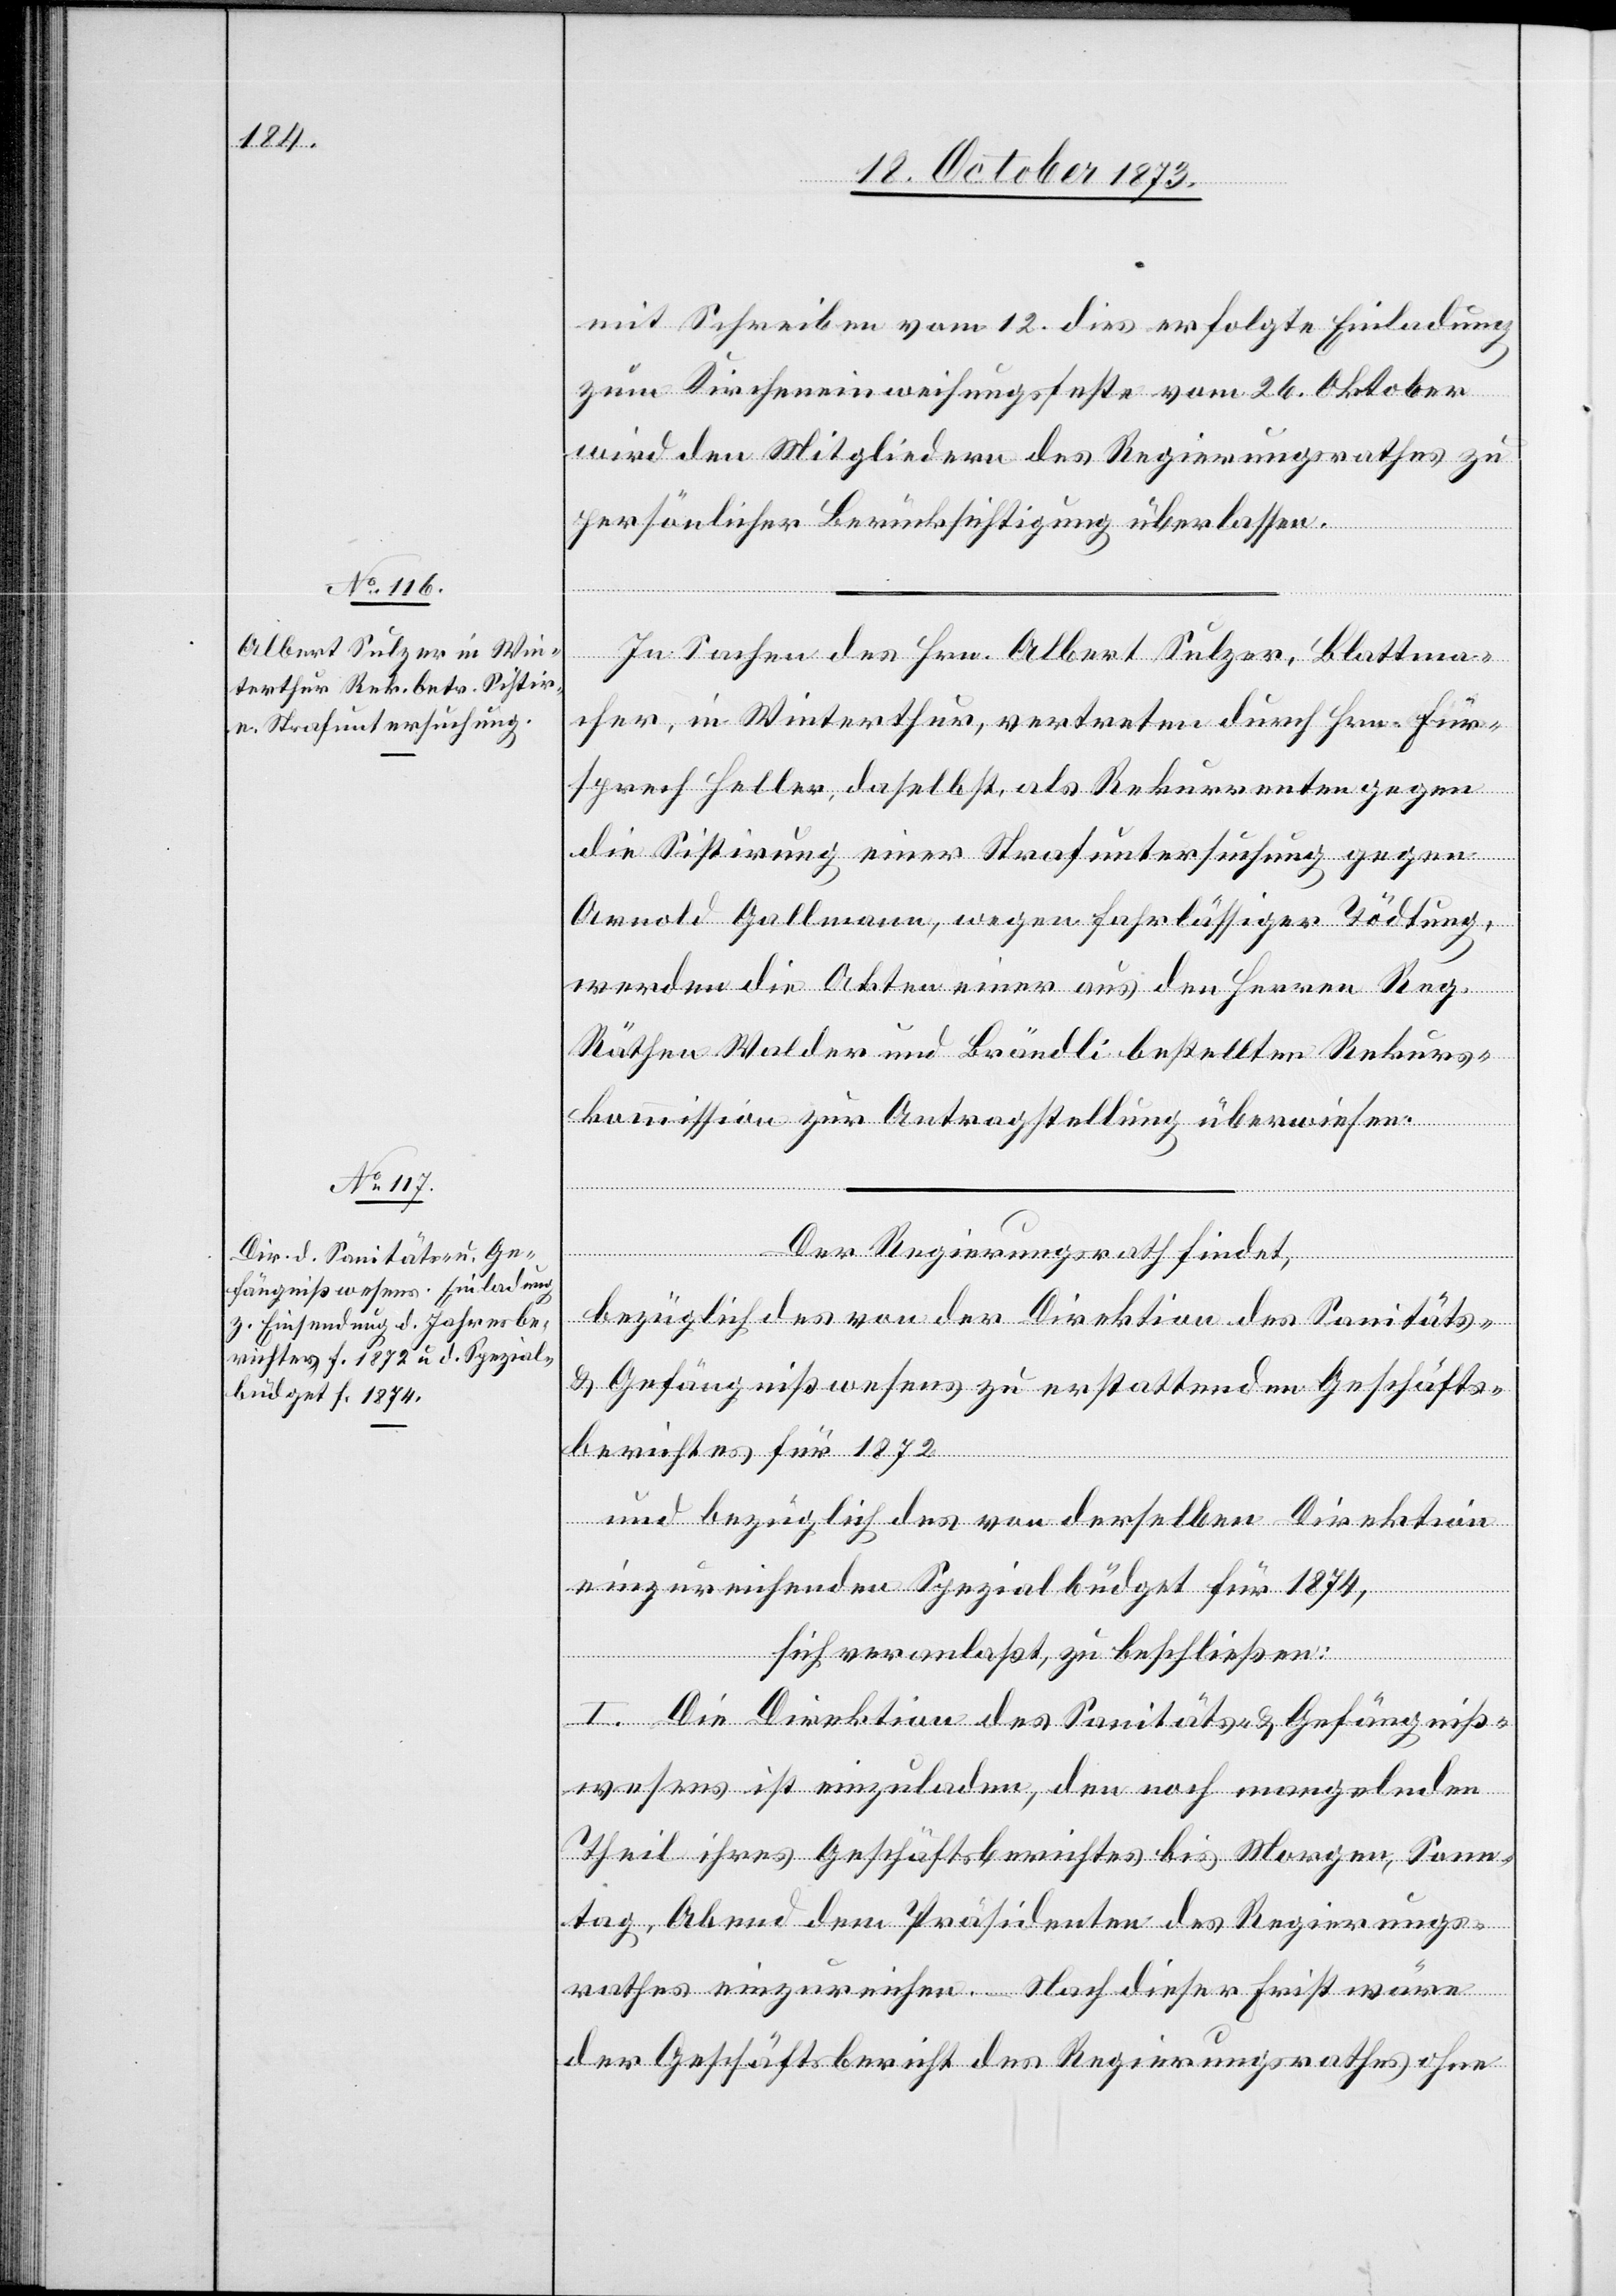
mit Schreiben vom 12. dies erfolgte Einladung
zum Kircheneinweihungsfeste vom 26. Oktober
wird den Mitgliedern des Regierungsrathes zu
persönlicher Berücksichtigung überlassen.
In Sachen des Hrn. Albert Sulzer, Blattma¬
cher, in Winterthur, vertreten durch Hrn. Für¬
sprech Heller, daselbst, als Rekurrenten gegen
die Sistirung einer Strafuntersuchung gegen
Arnold Gallmann, wegen fahrlässiger Tödtung,
werden die Akten einer aus den Herren Reg.
Räthen Walder und Brändli bestellten Rekurs¬
kommission zur Antragstellung überwiesen.
Der Regierungsrath findet,
bezüglich des von der Direktion des Sanitäts-
& Gefängnißwesens zu erstattenden Geschäfts¬
berichtes für 1872
und bezüglich des von derselben Direktion
einzureichenden Spezialbüdget für 1874,
sich veranlaßt, zu beschließen:
I. Die Direktion des Sanitäts- & Gefängniß¬
wesens ist einzuladen, den noch mangelnden
Theil ihres Geschäftsberichtes bis Morgen, Sonn¬
tag, Abend dem Präsidenten des Regierungs¬
rathes einzureichen. – Nach dieser Frist wäre
der Geschäftsbericht des Regierungsrathes ohne